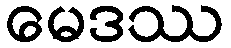
မေဒဿ